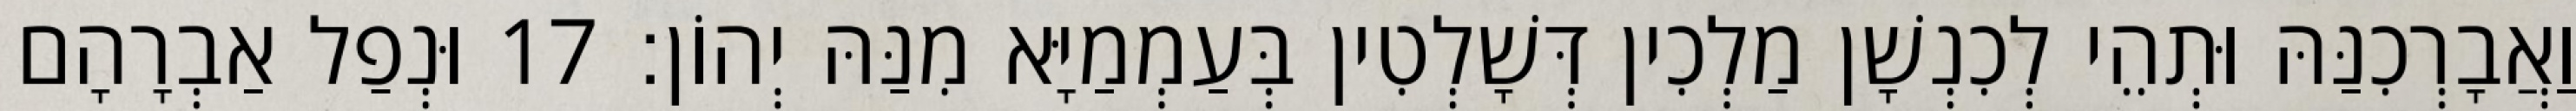
וַאֲבָרְכִנַּהּ וּתְהֵי לְכִנְשָׁן מַלְכִין דְּשָׁלְטִין בְּעַמְמַיָּא מִנַּהּ יְהוֹן׃ 17 וּנְפַל אַבְרָהָם